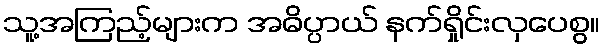
သူ့အကြည့်များက အဓိပ္ပာယ် နက်ရှိုင်းလှပေစွ။